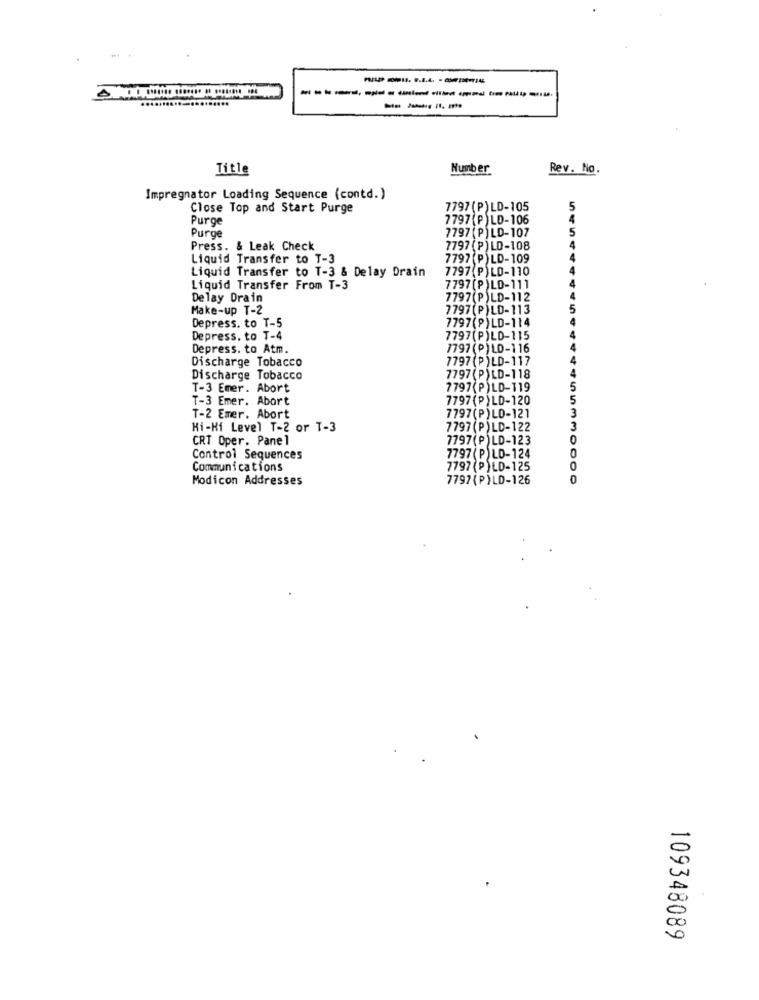
---------------
Title
Humber
Rev. No.
Impregnator Loading Sequence (contd.)
Close Top and Start Purge
7797(P)LD-105
5
Purge
7797(P)LD-106
4
7797 (P) LD-107
5
Purge
Press. & Leak Check
7797 (P) LD-108
4
Liquid Transfer to T-3
7797 (P)LD-109
4
Liquid Transfer to T-3 & Delay Drain
7797 P)LD-110
4
Liquid Transfer From T-3
7797 (P)LD-111
Delay Drain
7797(P)LD-112
4
Make-up T-2
7797 (P)LD-113
5
Depress. to T-5
7797(P)LD-114
Depress. to T-4
7797(P)LD-115
Depress. to Atm.
7797(P)LD-116
Discharge Tobacco
7797 (P)LD-117
Discharge Tobacco
7797(P)LD-118
T-3 Emer. Abort
7797(P)LD-119
5
T-3 Emer. Abort
7797(P)LD-120
5
3
T-2 Emer. Abort
7797(P)LD-121
Hi-Hi Level T-2 or T-3
7797(P)LD-122
3
CRT Oper. Panel
7797(P)LD-123
0
Control Sequences
7797 (P)LD-124
0
Communications
7797 (P)LD-125
0
Modicon Addresses
7797 (P)LD-126
10
109348089